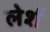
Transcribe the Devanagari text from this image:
लेर्श